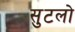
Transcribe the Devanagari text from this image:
सुटलो